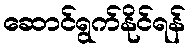
ဆောင်ရွက်နိုင်ရန်